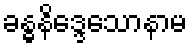
ခန္ဓနိဒ္ဒေသောနာမ